Senior Leaving Certificate Examination (including Day School Certificate (Higher) General paper), 1948
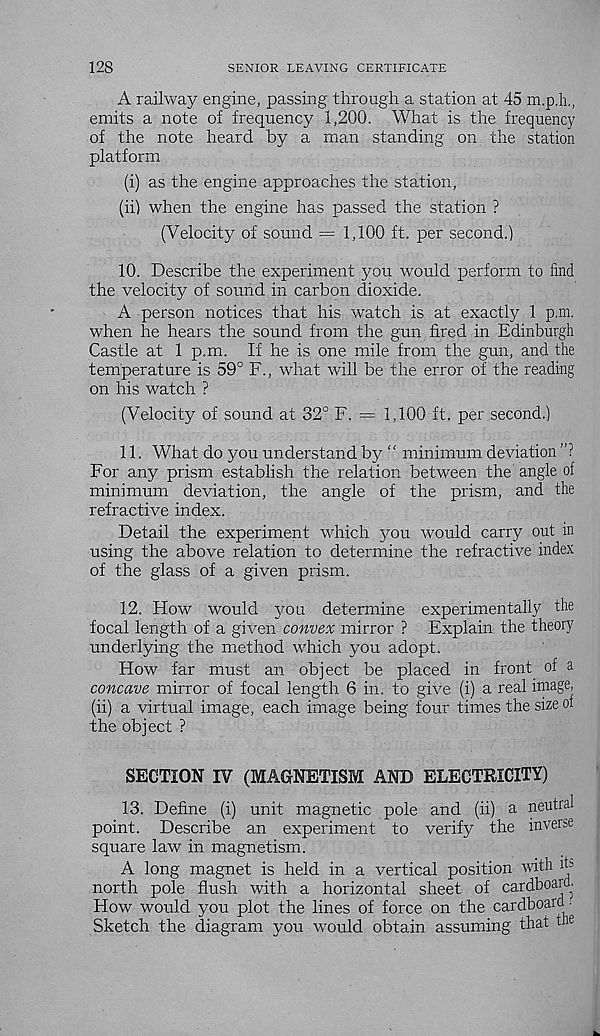
128
SENIOR LEAVING CERTIFICATE
A railway engine, passing through a station at 45 m.p.h.,
emits a note of frequency 1,200. What is the frequency
of the note heard by a man standing on the station
platform
(i) as the engine approaches the station,
(ii) when the engine has passed the station ?
(Velocity of sound = 1,100 ft. per second.)
10. Describe the experiment you would perform to find
the velocity of sound in carbon dioxide.
A person notices that his watch is at exactly 1 p.m.
when he hears the sound from the gun fired in Edinburgh
Castle at 1 p.m. If he is one mile from the gun, and the
temperature is 59° F., what will be the error of the reading
on his watch ?
(Velocity of sound at 32° F. = 1,100 ft. per second.)
11. What do you understand by “ minimum deviation ”?
For any prism establish the relation between the angle of
minimum deviation, the angle of the prism, and the
refractive index.
Detail the experiment which you would carry out in
using the above relation to determine the refractive index
of the glass of a given prism.
12. How would you determine experimentally the
focal length of a given convex mirror ? Explain, the theory
underlying the method which you adopt.
How far must an object be placed in front_ of a
concave mirror of focal length 6 in. to give (i) a real image,
(ii) a virtual image, each image being four times the size of
the object ?
SECTION IV (MAGNETISM AND ELECTRICITY)
13. Define (i) unit magnetic pole and (ii) a neutral
point. Describe an experiment to verify the inverse
square law in magnetism.
A long magnet is held in a vertical position with ih
north pole flush with a horizontal sheet of cardboaid.
How would you plot the lines of force on the cardboaid •
Sketch the diagram you would obtain assuming that the